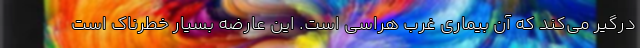
درگیر می‌کند که آن بیماری غرب هراسی است. این عارضه بسیار خطرناک است